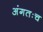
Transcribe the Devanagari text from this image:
अंगतःच